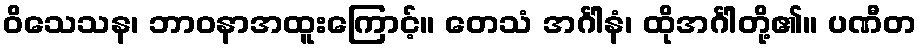
ဝိသေသန၊ ဘာဝနာအထူးကြောင့်။ တေသံ အင်္ဂါနံ၊ ထိုအင်္ဂါတို့၏။ ပဏီတ